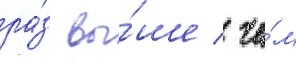
ра́з вы́ше / че́м